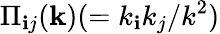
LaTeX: \Pi_{\mathbf{i}j}({\mathbf{{k}}})(=k_{\mathbf{i}}k_{j}/k^{2})